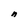
Character: n